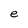
Character: e